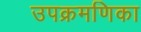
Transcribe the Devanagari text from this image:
उपक्रमणिका